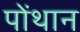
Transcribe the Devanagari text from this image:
पोंथान